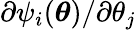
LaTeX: \partial\psi_{i}({\boldsymbol{\theta}})/\partial\theta_{j}